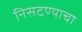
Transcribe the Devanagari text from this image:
निसटण्याचा